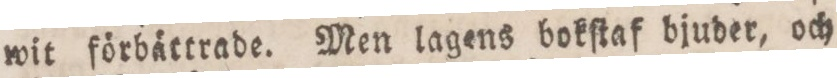
wit förbättrade. Men lagens bokſtaf bjuder, och